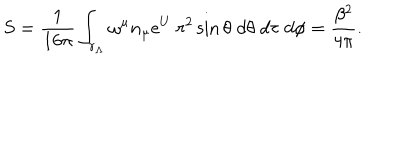
S = { \frac { 1 } { 1 6 \pi } } \int _ { r _ { \Lambda } } \omega ^ { \mu } n _ { \mu } e ^ { U } \; r ^ { 2 } \sin { \theta } \; d \theta \; d \tau \; d \phi = \frac { \beta ^ { 2 } } { 4 \pi } .